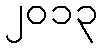
၂၀၁၃